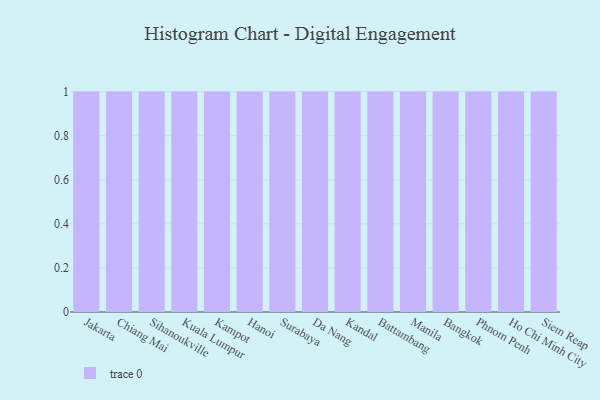
{"axis": {"x": "City", "y": "Net Income (USD K)"}, "legend": [""], "data": [{"x": "Jakarta", "y": 67, "type": ""}, {"x": "Chiang Mai", "y": 25, "type": ""}, {"x": "Sihanoukville", "y": 30, "type": ""}, {"x": "Kuala Lumpur", "y": 90, "type": ""}, {"x": "Kampot", "y": 54, "type": ""}, {"x": "Hanoi", "y": 12, "type": ""}, {"x": "Surabaya", "y": 33, "type": ""}, {"x": "Da Nang", "y": 91, "type": ""}, {"x": "Kandal", "y": 6, "type": ""}, {"x": "Battambang", "y": 52, "type": ""}, {"x": "Manila", "y": 93, "type": ""}, {"x": "Bangkok", "y": 93, "type": ""}, {"x": "Phnom Penh", "y": 58, "type": ""}, {"x": "Ho Chi Minh City", "y": 30, "type": ""}, {"x": "Siem Reap", "y": 84, "type": ""}]}